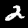
Label: 2